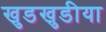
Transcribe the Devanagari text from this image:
खुडखुडीया